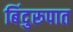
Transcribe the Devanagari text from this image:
बिंदुरूपात